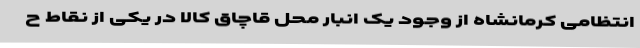
انتظامی کرمانشاه از وجود یک انبار محل قاچاق کالا در یکی از نقاط ح